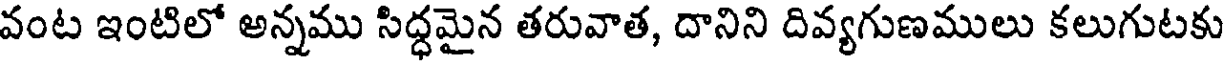
వంట ఇంటిలో అన్నము సిద్ధమైన తరువాత, దానిని దివ్యగుణములు కలుగుటకు